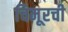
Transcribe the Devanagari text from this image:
चिमूरची